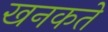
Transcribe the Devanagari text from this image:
खनकते